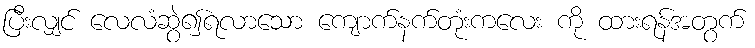
ပြီးလျှင် လေလံဆွဲ၍ရလာသော ကျောက်နက်တုံးကလေး ကို ထားရန်အတွက်